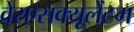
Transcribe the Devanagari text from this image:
वेरएसक्यूलेंटम